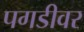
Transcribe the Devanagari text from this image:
पगडीवर